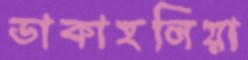
ডাকাহলিয়া